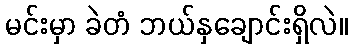
မင်းမှာ ခဲတံ ဘယ်နှချောင်းရှိလဲ။